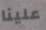
علينا